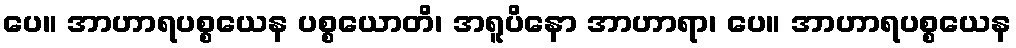
ပေ။ အာဟာရပစ္စယေန ပစ္စယောတိ၊ အရူပိနော အာဟာရာ၊ ပေ။ အာဟာရပစ္စယေန